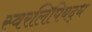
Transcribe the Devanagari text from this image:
स्वरलिपिबद्ध